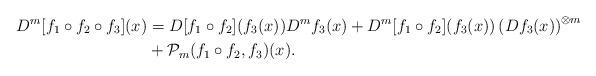
LaTeX: \begin{align*}D^m[f_1 \circ f_2 \circ f_3](x) &= D[f_1 \circ f_2](f_3(x)) D^m f_3(x) + D^m[f_1 \circ f_2 ](f_3(x)) \left( Df_3(x) \right)^{\otimes m} \\& + \mathcal{P}_m(f_1 \circ f_2, f_3)(x).\end{align*}